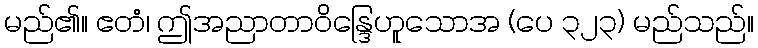
မည်၏။ ဧတံ၊ ဤအညာတာဝိန္ဒြေဟူသောအ (ပေ ၃၂၃) မည်သည်။